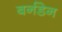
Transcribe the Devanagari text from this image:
बर्नडेन